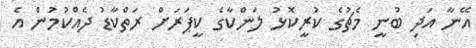
އޭނާ އަދި ބުނީ މެޗުގެ ކުރީކޮޅު ލަންކާގެ ކީޕަރަށް ރަތްކާޑު ދެއްކުމުން އެ